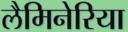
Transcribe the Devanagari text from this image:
लैमिनेरिया